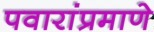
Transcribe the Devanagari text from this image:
पवारांप्रमाणे